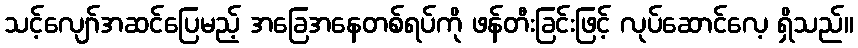
သင့်လျော်အဆင်ပြေမည့် အခြေအနေတစ်ရပ်ကို ဖန်တီးခြင်းဖြင့် လုပ်ဆောင်လေ့ ရှိသည်။